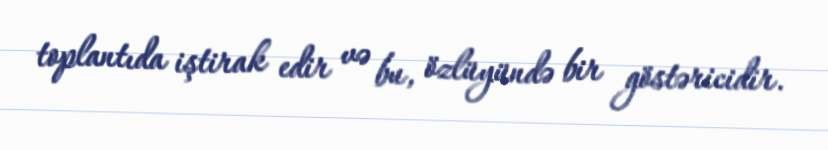
toplantıda iştirak edir və bu, özlüyündə bir göstəricidir.